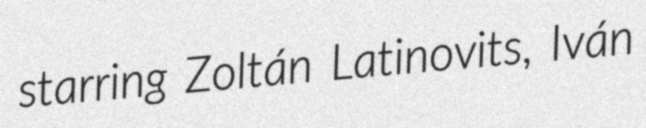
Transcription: starring Zoltán Latinovits, Iván